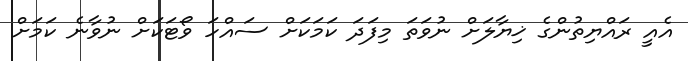
އެއީ ރައްޔިތުންގެ ޚިޔާލަށް ނުވަތަ މިފަދަ ކަމަކަށް ސައްހަ ވޯޓަކަށް ނުވާނެ ކަމަށް